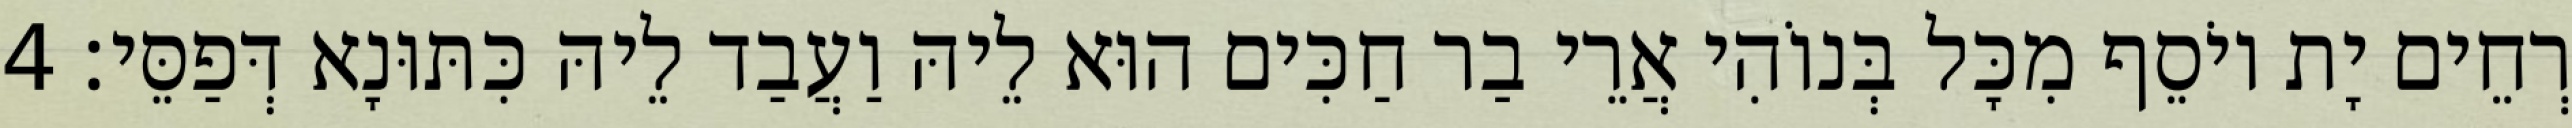
רְחֵים יָת יוֹסֵף מִכָּל בְּנוֹהִי אֲרֵי בַר חַכִּים הוּא לֵיהּ וַעֲבַד לֵיהּ כִּתּוּנָא דְּפַסֵּי׃ 4